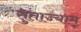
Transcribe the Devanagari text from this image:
सुताज्यामू